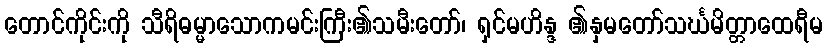
တောင်ကိုင်းကို သီရိဓမ္မာသောကမင်းကြီး၏သမီးတော်၊ ရှင်မဟိန္ဒ ၏နှမတော်သင်္ဃမိတ္တာထေရီမ